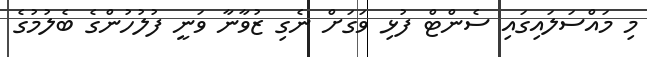
މި މައްސަލައިގައި ސެންޓް ފުޅި ވަގަށް ނެގި ޒުވާނާ ވަނީ ފުލުހުންގެ ބެލުމުގެ